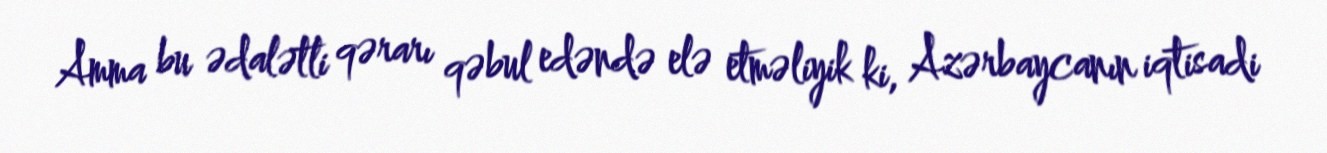
Amma bu ədalətli qərarı qəbul edəndə elə etməliyik ki, Azərbaycanın iqtisadi